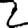
Digit: 2